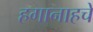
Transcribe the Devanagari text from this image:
हगानाहचे